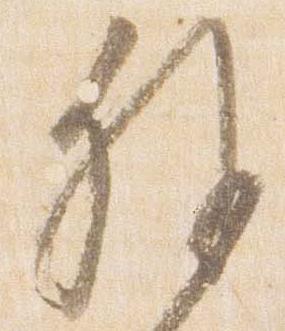
外